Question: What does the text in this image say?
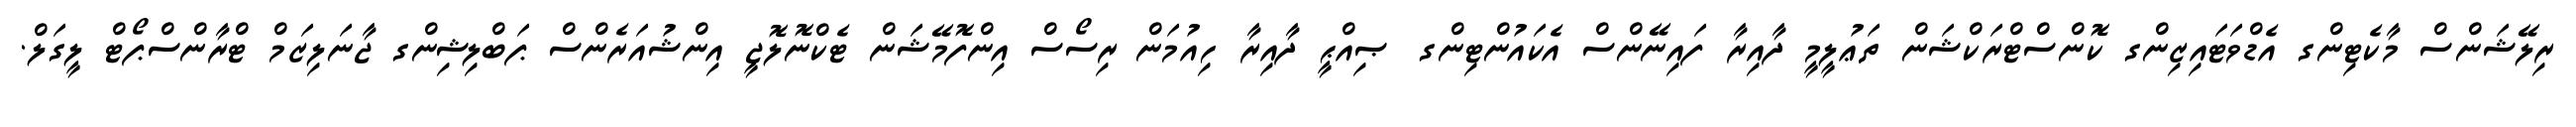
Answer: ރިލޭޝަންސް މާކެޓިންގ އެޑްވަޓައިޒިންގ ކޮންސްޓްރަކްޝަން ތަޢުލީމީ ދާއިރާ ފައިނޭންސް އެކައުންޓިންގ ޞިއްޙީ ދާއިރާ ހިއުމަން ރިސޯސް އިންފޮމޭޝަން ޓެކްނޮލޮޖީ އިންޝުއަރެންސް ޕަބްލިޝިންގ ޖާނަލިޒަމް ޓްރާންސްޕޯޓް ލީގަލް.